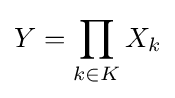
Y=\prod _{k\in K}X_{k}